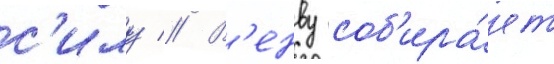
с'илу // В'енву соб'ира́ет